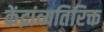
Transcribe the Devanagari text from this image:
केंद्रांव्यतिरिक्त